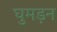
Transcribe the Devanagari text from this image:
घुमड़न